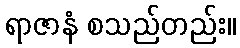
ရာဇာနံ စသည်တည်း။